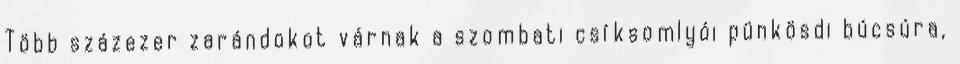
Több százezer zarándokot várnak a szombati csíksomlyói pünkösdi búcsúra,